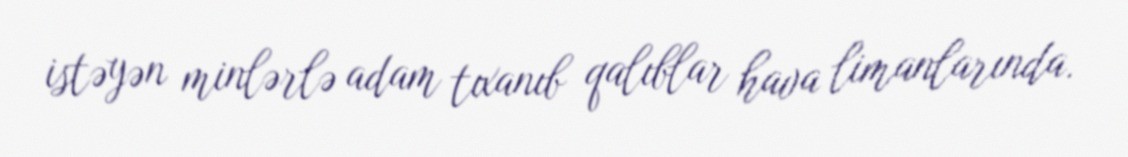
istəyən minlərlə adam tıxanıb qalıblar hava limanlarında.